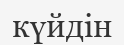
күйдін